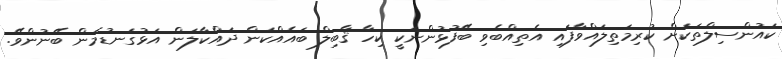
ކައުންސިލްތަކަށް ކުރިމަތިލައްވާފައި އެތިއްބެވި ބޭފުޅުންނަކީ ކިހާ ޤާބިލް ބައެއްކަން ދައްކާލަން އަޅުގަނޑުމެން ބޭނުންވޭ.